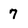
Character: 7